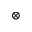
\otimes